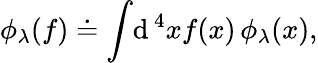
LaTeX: \phi_{\lambda}(f)\doteq\int\! \mathrm{d}^{\, 4}xf(x)\, \phi_{\lambda}(x),